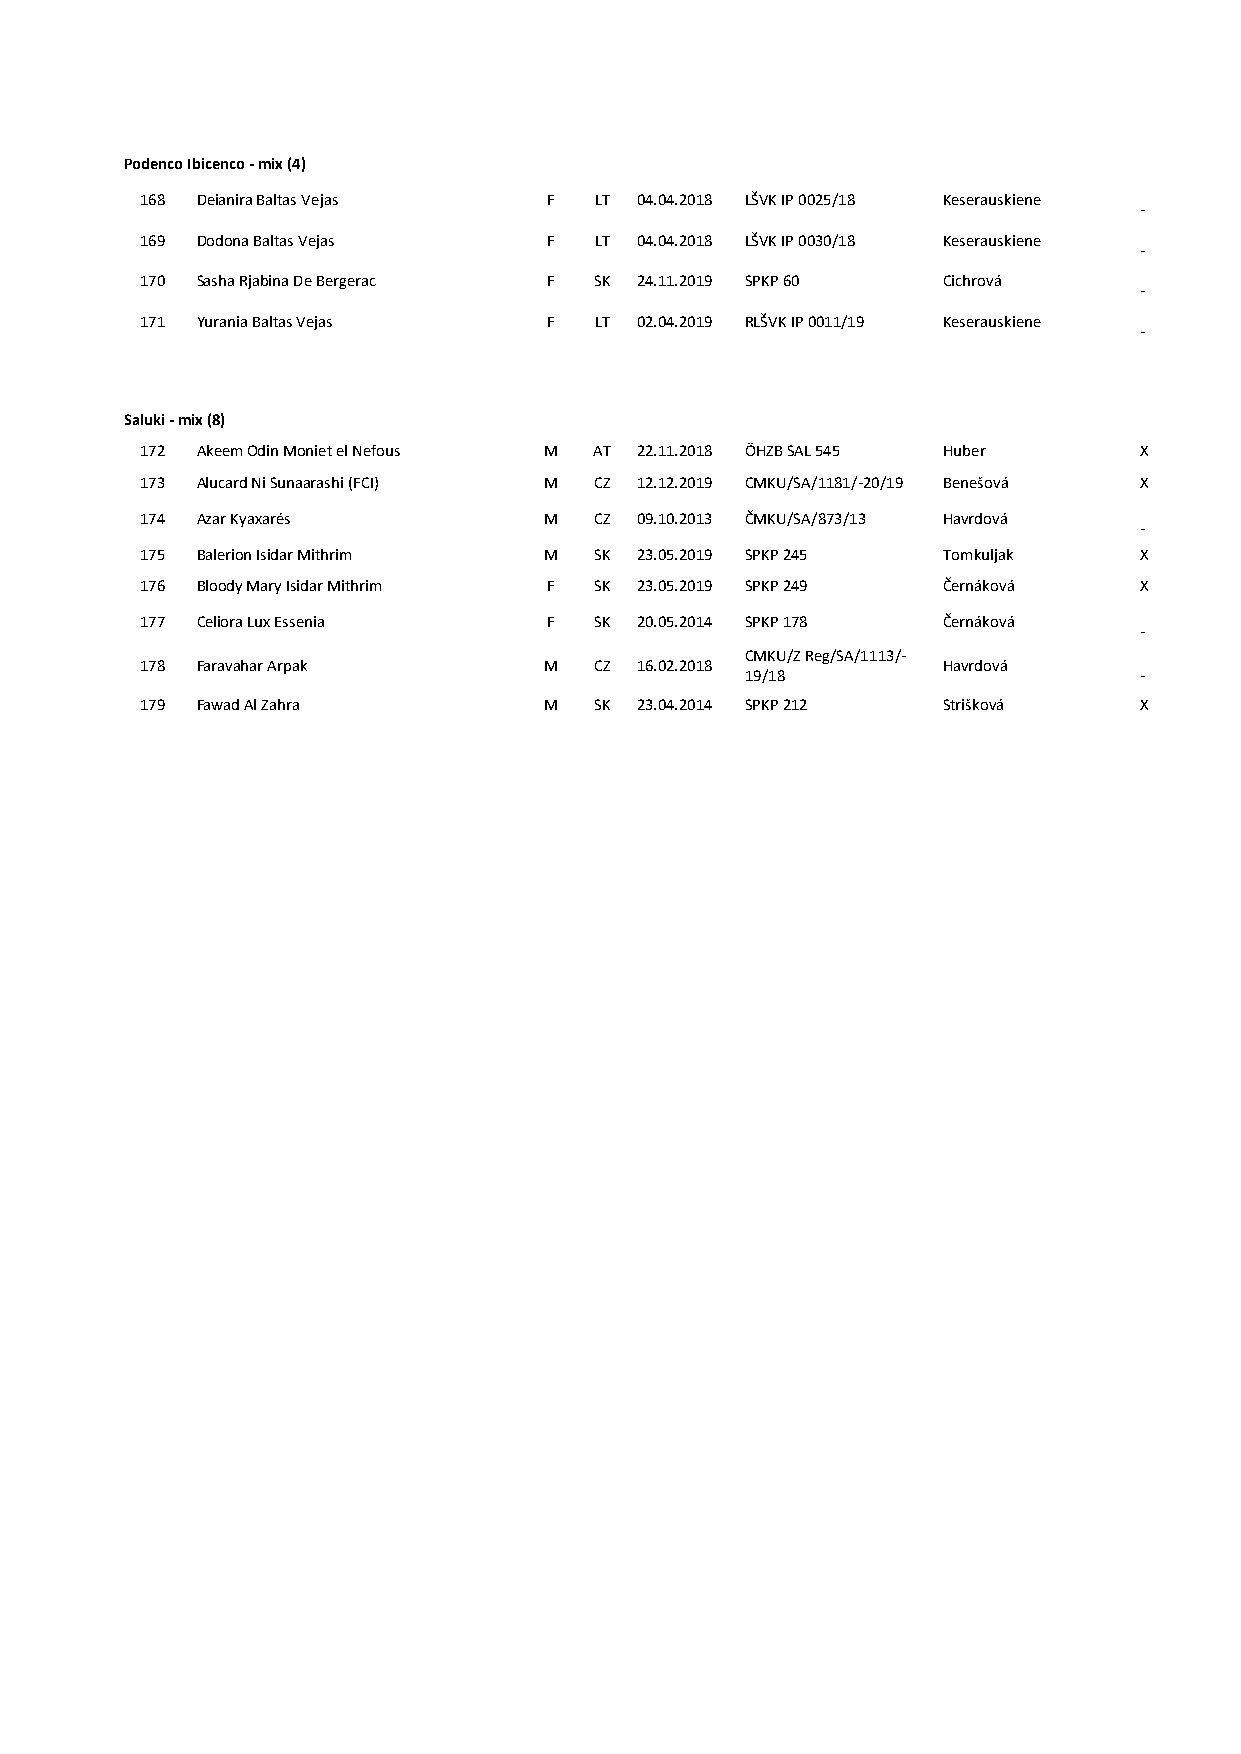
Podenco Ibicenco - mix (4)
 168 Deianira Baltas Vejas  F  LT 04.04.2018 LŠVK IP 0025/18 Keserauskiene
 -
 169 Dodona Baltas Vejas    F  LT 04.04.2018 LŠVK IP 0030/18 Keserauskiene
 -
 170 Sasha Rjabina De Bergerac F SK 24.11.2019 SPKP 60 Cichrová
 -
 171 Yurania Baltas Vejas   F  LT 02.04.2019 RLŠVK IP 0011/19 Keserauskiene
 -
 Saluki - mix (8)
 172 Akeem Odin Moniet el Nefous M AT 22.11.2018 ÖHZB SAL 545 Huber X
 173 Alucard Ni Sunaarashi (FCI) M CZ 12.12.2019 CMKU/SA/1181/-20/19 Benešová X
 174 Azar Kyaxarés          M  CZ 09.10.2013 ČMKU/SA/873/13 Havrdová
 -
 175 Balerion Isidar Mithrim M SK 23.05.2019 SPKP 245 Tomkuljak    X
 176 Bloody Mary Isidar Mithrim F SK 23.05.2019 SPKP 249 Černáková X
 177 Celiora Lux Essenia    F  SK 20.05.2014 SPKP 178 Černáková
 -
 CMKU/Z Reg/SA/1113/-
 178 Faravahar Arpak        M  CZ 16.02.2018          Havrdová
 19/18                     -
 179 Fawad Al Zahra         M  SK 23.04.2014 SPKP 212 Strišková    X